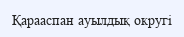
Қарааспан ауылдық округі